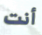
أنت